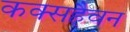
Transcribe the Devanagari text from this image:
कक्सहैवन